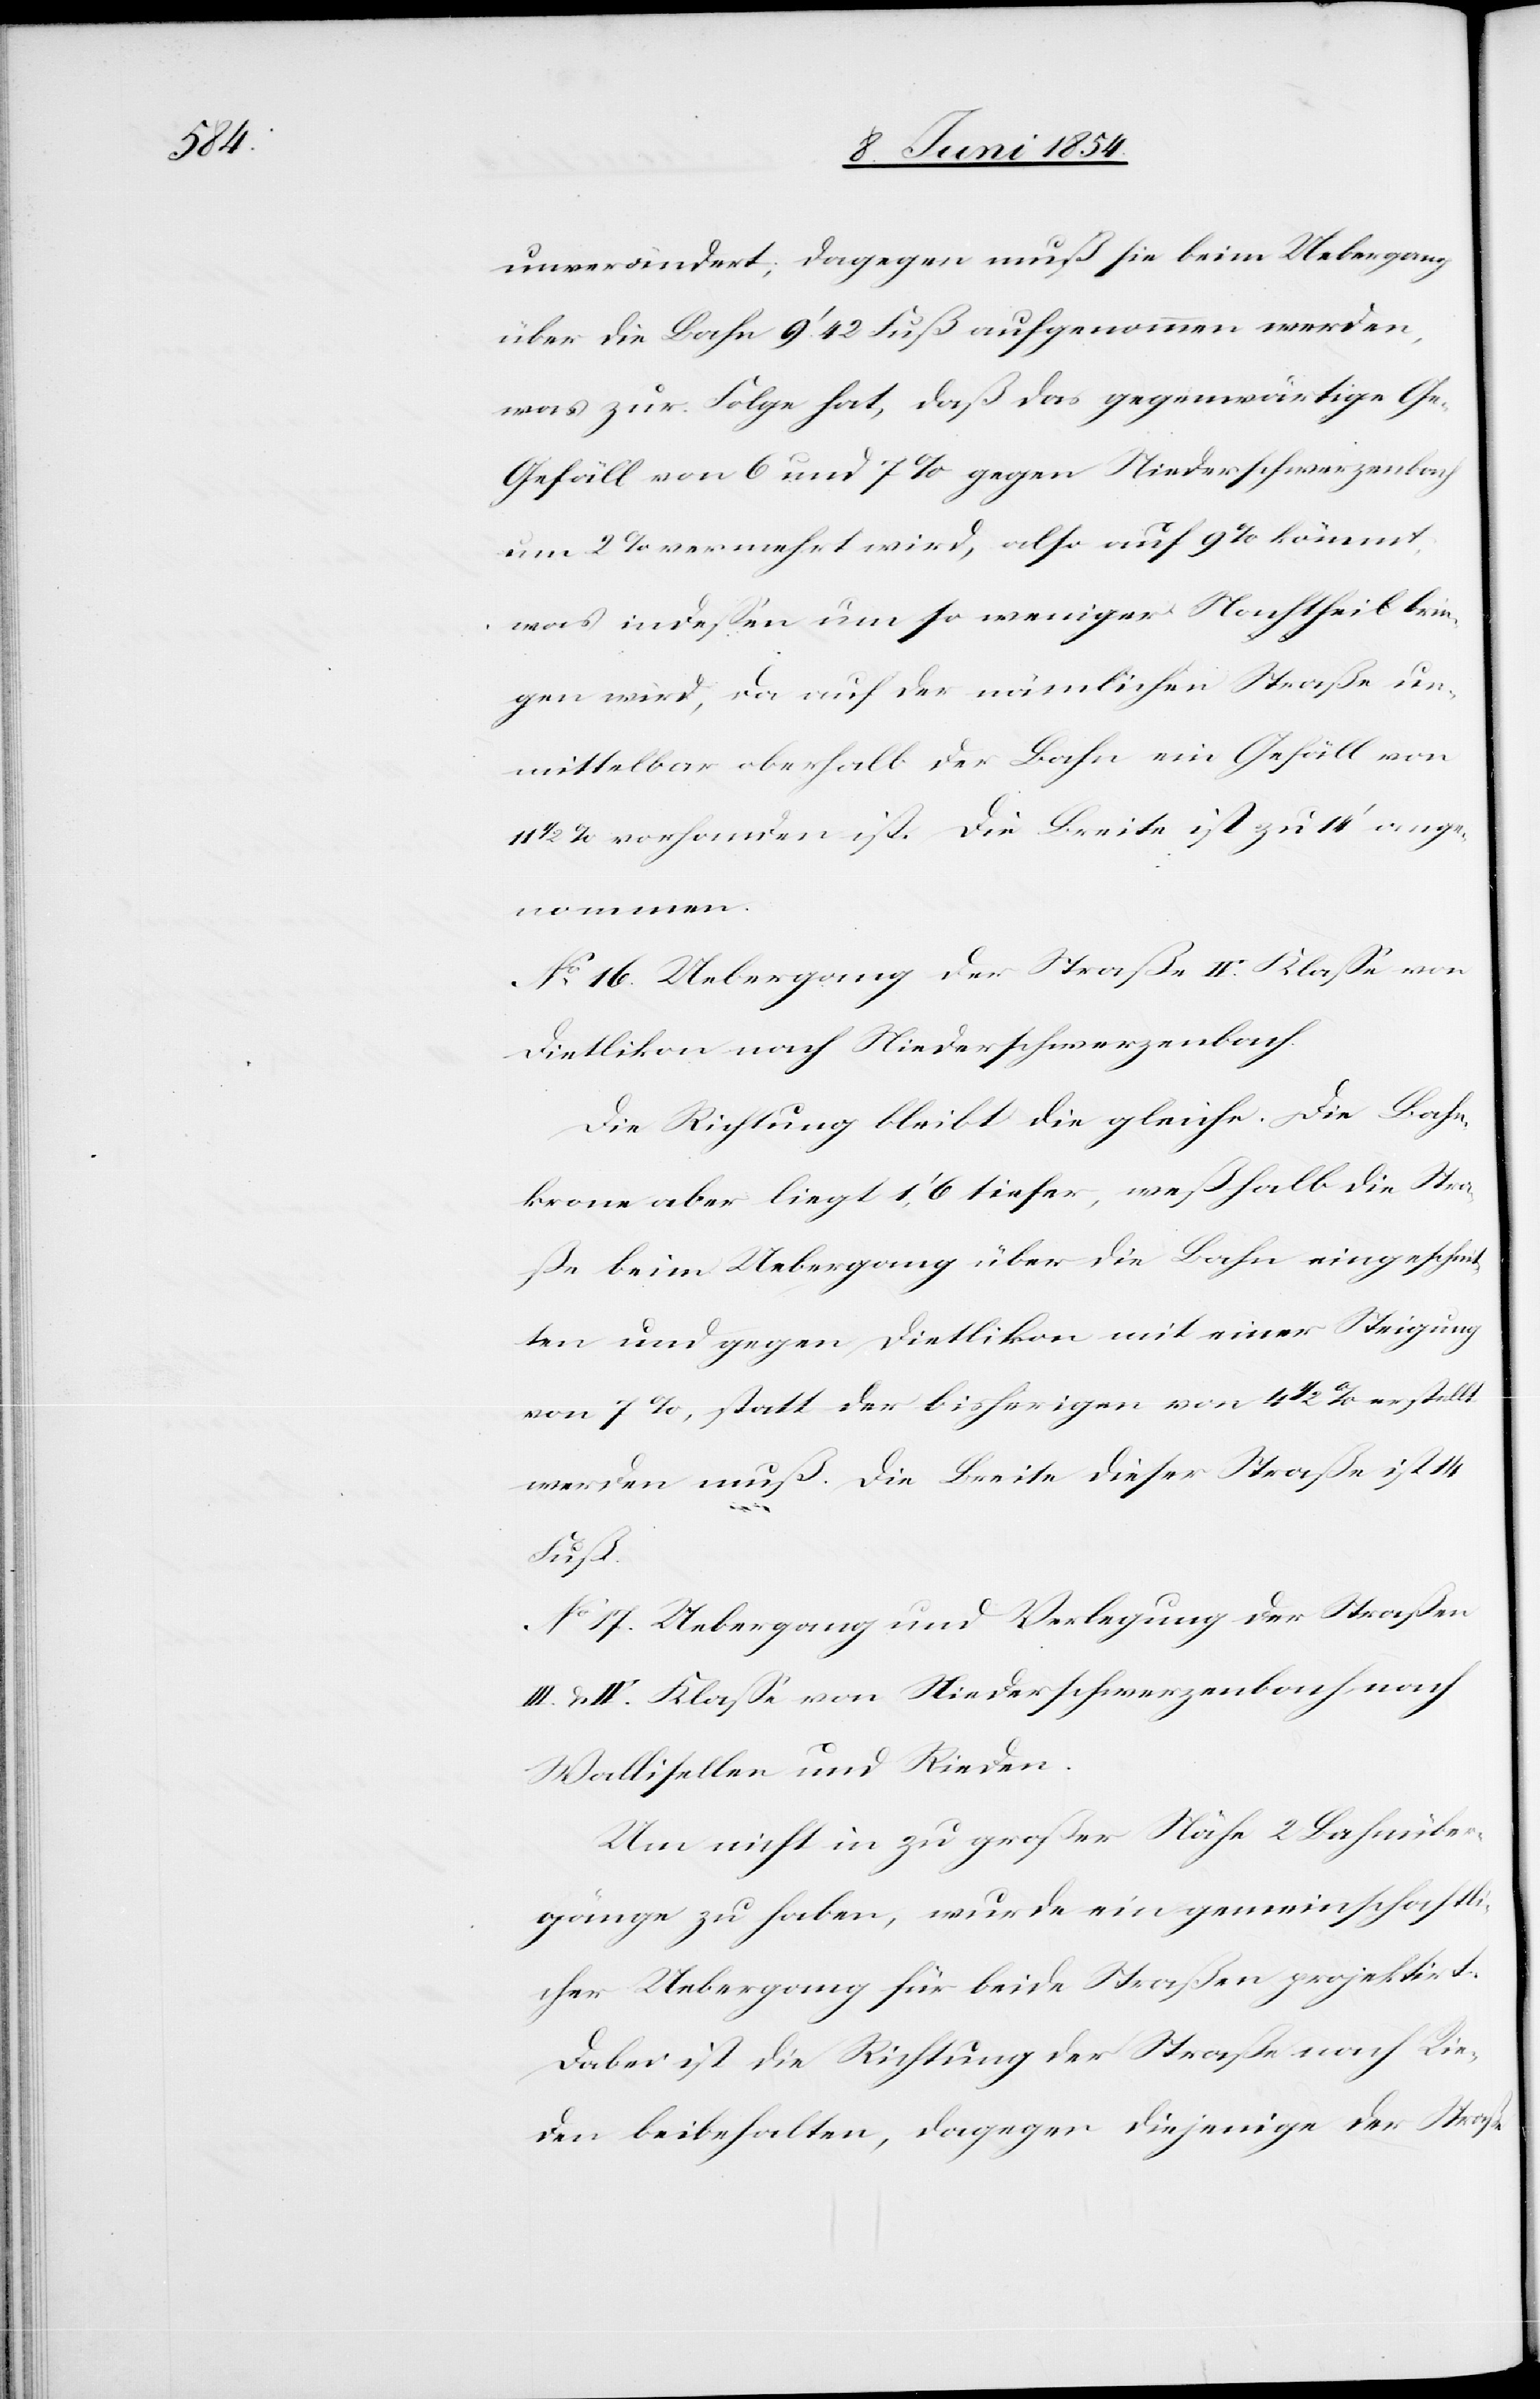
unverändert; dagegen muß sie beim Uebergang
über die Bahn 9‘ 42 Fuß aufgenommen werden,
was zur Folge hat, daß das gegenwärtige Ge-
Gefäll von 6 und 7 % gegen Niederschwerzenbach
um 2 % vermehrt wird, also auf 9 % kömmt,
was indeßen um so weniger Nachtheil brin¬
gen wird, da auf der nämlichen Straße un¬
mittelbar oberhalb der Bahn ein Gefäll von
1/2 % vorhanden ist. Die Breite ist zu 14‘ ange¬
nommen.
No 16. Uebergang der Straße IV. Klaße von
Dietlikon nach Niederschwerzenbach.
Die Richtung bleibt die gleiche. Die Bahn¬
krone aber liegt 1‘,6 tiefer, weßhalb die Stra¬
ße beim Uebergang über die Bahn eingeschnit¬
ten und gegen Dietlikon mit einer Steigung
von 7 %, statt der bisherigen von 4 1/2 % erstellt
werden muß. Die Breite dieser Straße ist 14
Fuß.
No 17. Uebergang und Verlegung der Straßen
III. u. IV. Klaße von Niederschwerzenbach nach
Wallisellen und Rieden.
Um nicht in zu großer Nähe 2 Bahnüber¬
gänge zu haben, wurde ein gemeinschaftli¬
cher Uebergang für beide Straßen projektirt.
Dabei ist die Richtung der Straße nach Rie¬
den beibehalten, dagegen diejenige der Straße